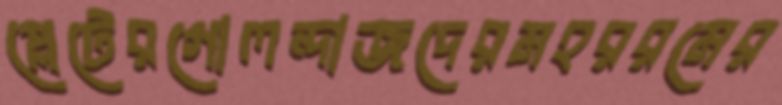
প্লেটেরগোলন্দাজদেরমহররমের